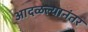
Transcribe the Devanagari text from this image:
आदळल्यानंतर